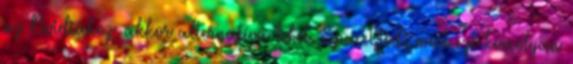
az Nvidiához, akkor alternatíva lehet. SpaceGod: most ezt komolyan